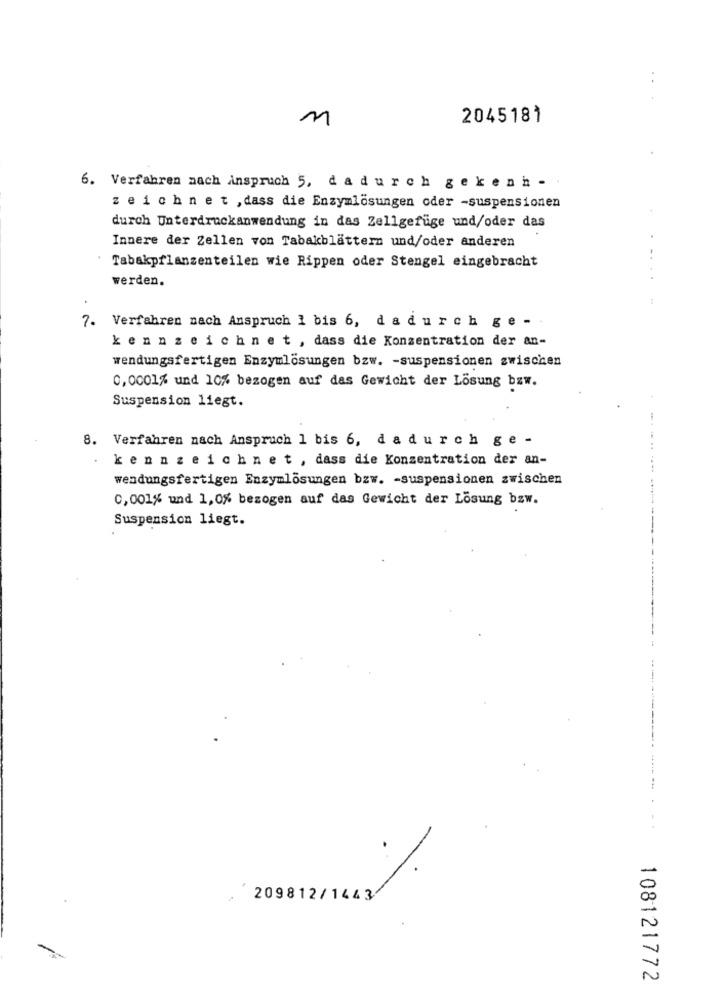
..
2045181
6. Verfahren nach Anspruch 5, dadurch gekenn -
z ei ch n e t , dass die Enzymlösungen oder -suspensionen
durch Unterdruckanwendung in das Zellgefüge und/oder das
.
Innere der Zellen von Tabakblättern und/oder anderen
Tabakpflanzenteilen wie Rippen oder Stengel eingebracht
werden.
7. Verfahren nach Anspruch 1 bis 6, da durch ge -
kennzeichnet, dass die Konzentration der an-
wendungsfertigen Enzymlösungen bzw. - suspensionen zwischen
0,0001% und 10% bezogen auf das Gewicht der Lösung bzw.
Suspension liegt.
8. Verfahren nach Anspruch 1 bis 6, da durch ge -
.
kennzeichnet , dass die Konzentration der an-
wendungsfertigen Enzymlösungen bzw. - suspensionen zwischen
0, 001% und 1,0% bezogen auf das Gewicht der Lösung bzw.
Suspension liegt.
209812/1443
108121772